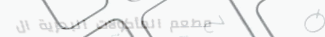
مطعم المأكولات البحرية ال